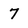
Character: 7